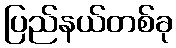
ပြည်နယ်တစ်ခု